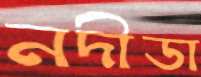
নদীডা